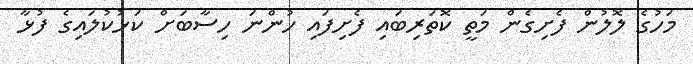
މަހުގެ ލޮލުން ފެށިގެން މަތީ ކޮތަރިބައި ފެށިފައި ހުންނަ ހިސާބަށް ކަޅުކުލައިގެ ފުޅާ